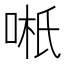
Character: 𱒿